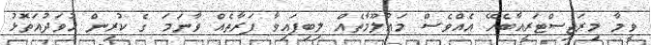
ވީމާ މިރަޖިސްޓަރީއާބެހޭ އެއްވެސް މަޢުލޫމާތެއް ލިބިފައިވާ ފަރާތެއް ވާނަމަ ގެ ކުރިން ހުވަދުއަތޮޅު